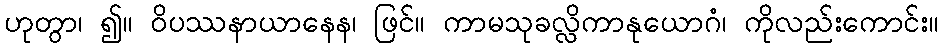
ဟုတွာ၊ ၍။ ဝိပဿနာယာနေန၊ ဖြင်။ ကာမသုခလ္လိကာနုယောဂံ၊ ကိုလည်းကောင်း။